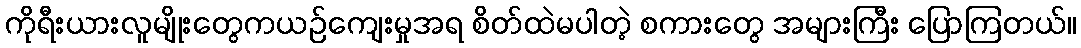
ကိုရီးယားလူမျိုးတွေကယဉ်ကျေးမှုအရ စိတ်ထဲမပါတဲ့ စကားတွေ အများကြီး ပြောကြတယ်။